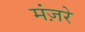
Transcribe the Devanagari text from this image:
मंज़रे